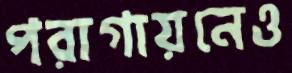
পরাগায়নেও